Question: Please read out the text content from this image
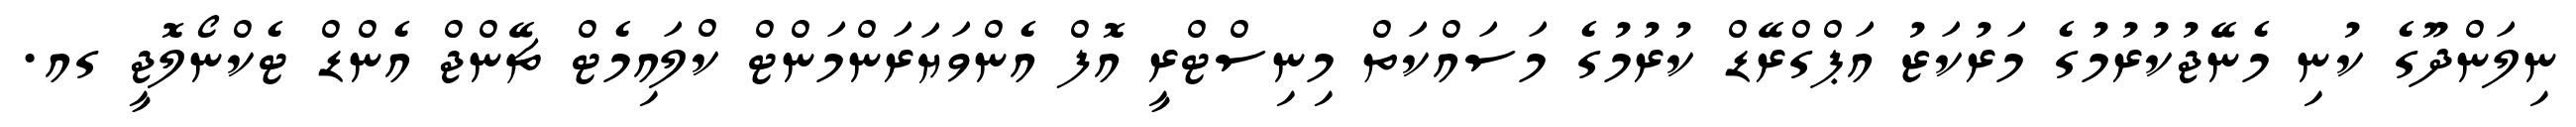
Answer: ނިލަންދޫގެ ކުނި މެނޭޖުކުރުމުގެ މަރުކަޒު އަޕްގްރޭޑް ކުރުމުގެ މަސައްކަތް މިނިސްޓްރީ އޮފް އެންވަޔަރަންމަންޓް ކްލައިމެޓް ޗޭންޖް އެންޑް ޓެކްނޯލޮޖީ ގއ.